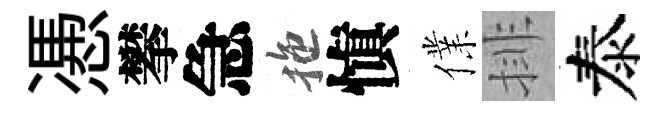
慿攀急拖愼㒒排泰